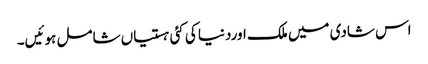
اس شادی میں ملک اوردنیا کی کئی ہستیاں شامل ہوئیں۔